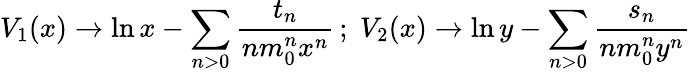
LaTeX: V_{1}(x)\rightarrow\ln x-\sum_{n>0}\frac{t_{n}}{nm_{0}^{n}x^{n}}\, ;\; V_{2}(x)\rightarrow\ln y-\sum_{n>0}\frac{s_{n}}{nm_{0}^{n}y^{n}}